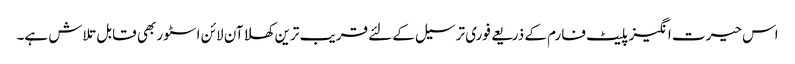
اس حیرت انگیز پلیٹ فارم کے ذریعے فوری ترسیل کے لئے قریب ترین کھلا آن لائن اسٹور بھی قابل تلاش ہے۔